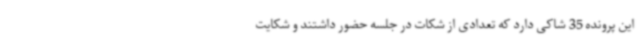
این پرونده 35 شاکی دارد که تعدادی از شکات در جلسه حضور داشتند و شکایت